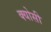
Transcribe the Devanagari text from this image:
क्योसी